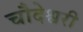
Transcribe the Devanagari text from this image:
चौदेश्वरी